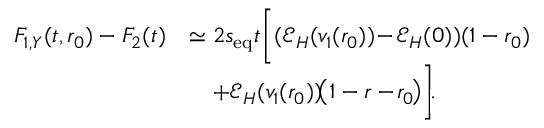
\begin{array} { r l } { F _ { 1 , Y } ( t , r _ { 0 } ) - F _ { 2 } ( t ) } & { \simeq 2 s _ { \mathrm { e q } } t \biggl [ ( \mathcal { E } _ { H } ( v _ { 1 } ( r _ { 0 } ) ) \! - \! \mathcal { E } _ { H } ( 0 ) ) ( 1 - r _ { 0 } ) } \\ & { \quad + \mathcal { E } _ { H } ( v _ { 1 } ( r _ { 0 } ) ) \! \! \left( 1 - r - \! r _ { 0 } \! \right) \biggr ] \! . } \end{array}